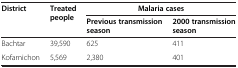
| <ROWSPAN=2> District | <ROWSPAN=2> Treated people | <COLSPAN=2> Malaria cases |
 | Previous transmission season | 2000 transmission season |
 | --- | --- | --- | --- |
 | Bachtar | 39,590 | 625 | 411 |
 | Kofarnichon | 5,569 | 2,380 | 401 |